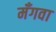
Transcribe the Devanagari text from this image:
मँगवा